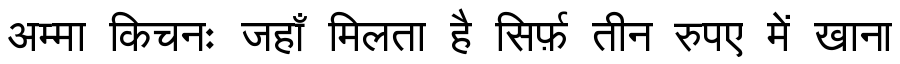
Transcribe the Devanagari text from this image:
अम्मा किचनः जहाँ मिलता है सिर्फ़ तीन रुपए में खाना